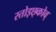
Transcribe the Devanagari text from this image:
स्तोइछ्कोव्